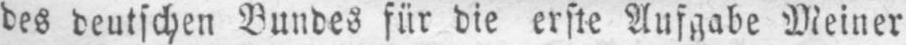
des deutschen Bundes für die erste Aufgabe Meiner